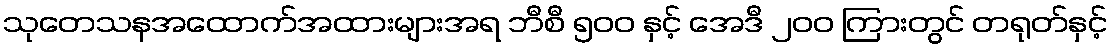
သုတေသနအထောက်အထားများအရ ဘီစီ ၅၀၀ နှင့် အေဒီ ၂၀၀ ကြားတွင် တရုတ်နှင့်